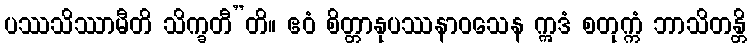
ပဿသိဿာမီတိ သိက္ခတီ”တိ။ ဧဝံ စိတ္တာနုပဿနာဝသေန ဣဒံ စတုက္ကံ ဘာသိတန္တိ